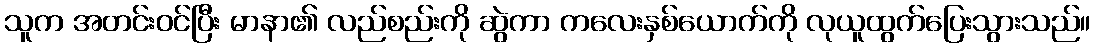
သူက အတင်းဝင်ပြီး မာနာ၏ လည်စည်းကို ဆွဲကာ ကလေးနှစ်ယောက်ကို လုယူထွက်ပြေးသွားသည်။